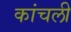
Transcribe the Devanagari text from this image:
कांचली